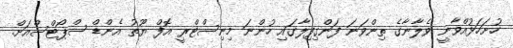
ހުށަހަޅުއްވާނީ ވެލާނާގެ ތިންވަނަ ފަންގިފިލާގައި ހުންނަ މިނިސްޓްރީ އޮފް ޔޫތު އެންޑް ސްޕޯޓްސްއަށް.